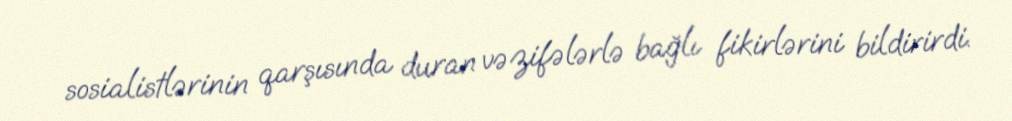
sosialistlərinin qarşısında duran vəzifələrlə bağlı fikirlərini bildirirdi.